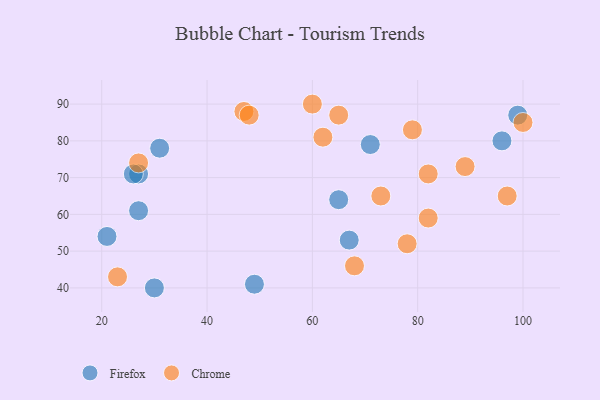
{"axis": {"x": "GDP", "y": "Life Expectancy"}, "legend": ["Chrome", "Firefox"], "data": [{"x": "27", "y": 71, "type": "Firefox"}, {"x": "49", "y": 41, "type": "Firefox"}, {"x": "31", "y": 78, "type": "Firefox"}, {"x": "26", "y": 71, "type": "Firefox"}, {"x": "99", "y": 87, "type": "Firefox"}, {"x": "96", "y": 80, "type": "Firefox"}, {"x": "30", "y": 40, "type": "Firefox"}, {"x": "21", "y": 54, "type": "Firefox"}, {"x": "27", "y": 61, "type": "Firefox"}, {"x": "67", "y": 53, "type": "Firefox"}, {"x": "65", "y": 64, "type": "Firefox"}, {"x": "71", "y": 79, "type": "Firefox"}, {"x": "82", "y": 59, "type": "Chrome"}, {"x": "82", "y": 71, "type": "Chrome"}, {"x": "97", "y": 65, "type": "Chrome"}, {"x": "78", "y": 52, "type": "Chrome"}, {"x": "73", "y": 65, "type": "Chrome"}, {"x": "47", "y": 88, "type": "Chrome"}, {"x": "62", "y": 81, "type": "Chrome"}, {"x": "65", "y": 87, "type": "Chrome"}, {"x": "60", "y": 90, "type": "Chrome"}, {"x": "27", "y": 74, "type": "Chrome"}, {"x": "89", "y": 73, "type": "Chrome"}, {"x": "68", "y": 46, "type": "Chrome"}, {"x": "100", "y": 85, "type": "Chrome"}, {"x": "23", "y": 43, "type": "Chrome"}, {"x": "79", "y": 83, "type": "Chrome"}, {"x": "48", "y": 87, "type": "Chrome"}]}